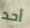
أحد